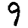
Digit: 9